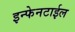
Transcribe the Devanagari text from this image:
इन्फेनटाईल